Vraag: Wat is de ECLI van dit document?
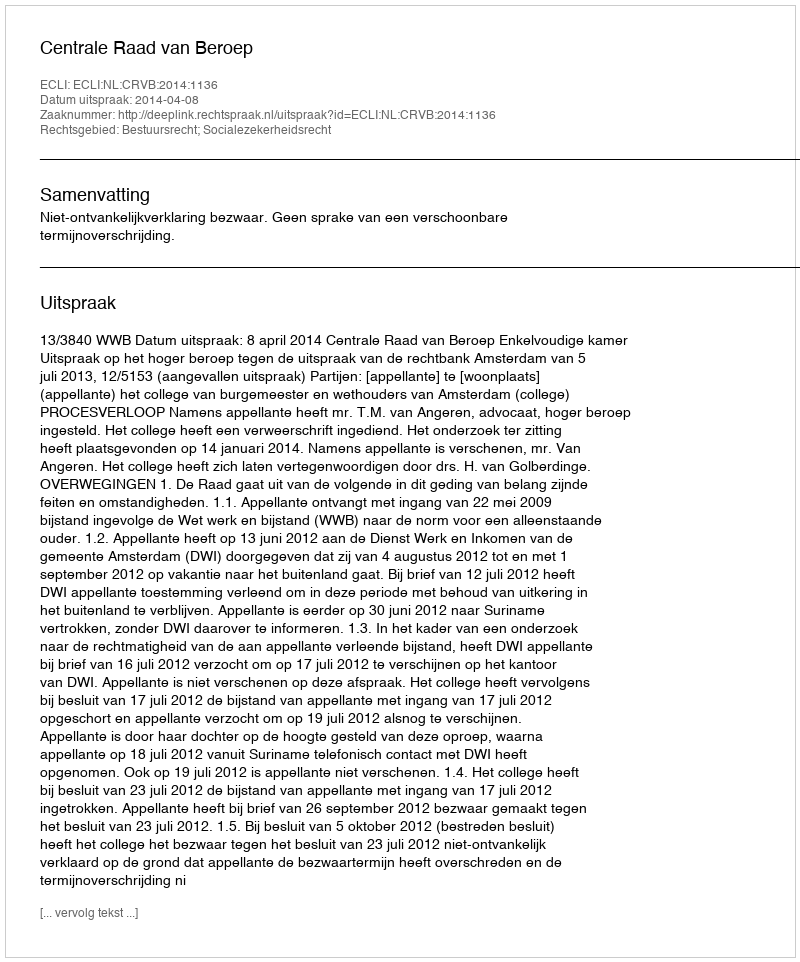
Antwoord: ECLI:NL:CRVB:2014:1136